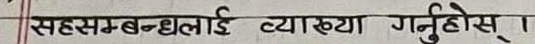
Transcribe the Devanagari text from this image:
सहसम्बन्धलाई व्याख्या गर्नुहोस् ।